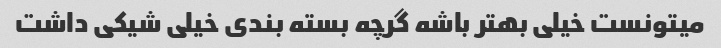
میتونست خیلی بهتر باشه گرچه بسته بندی خیلی شیکی داشت